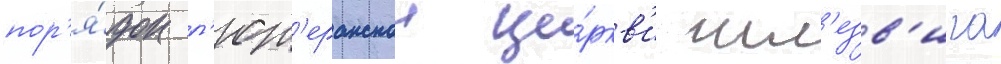
пор'я́док л'ют'еранскои це́ркв'и шл'езв'ига